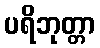
ပရိဘုတ္တာ